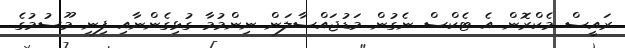
ރައީސް މެކްރޮން އެ ޓެކްސް ނެގުން މަޑުޖައްސާލަން ނިންމުމާ ގުޅިގެންނާއި ފިނި މޫސުމުގެ